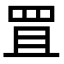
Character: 罝